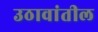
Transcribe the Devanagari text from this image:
उठावांतील